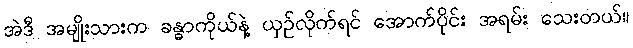
အဲဒီ အမျိုးသားက ခန္ဓာကိုယ်နဲ့ ယှဉ်လိုက်ရင် အောက်ပိုင်း အရမ်း သေးတယ်။